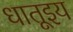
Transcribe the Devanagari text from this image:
धातूइय